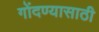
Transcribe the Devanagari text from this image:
गोंदण्यासाठी